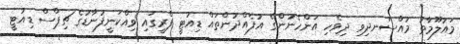
މައުލޫމާތު މުއްސަނދިވި ދިވެހި އަންހެނުންގެ އުފެއްދުންތައް ޑިއުޓީ ފްރީގައި ވިއްކަނީފުނާޑުގެ ޗިޕްސް ޑިއުޓީ